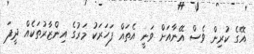
އޭގެ ކުރިން ވެސް އޭނާއަށް ވަނީ އެތައް ފަހަރަކު މަރުގެ އިންޒާރުތަކެއް ދީފަ